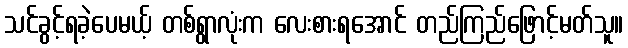
သင်ခွင့်ရခဲ့ပေမယ့် တစ်ရွာလုံးက လေးစားရအောင် တည်ကြည်ဖြောင့်မတ်သူ။